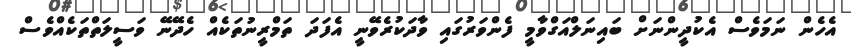
އެހެން ނަމަވެސް އެކުދީންނަށް ބައިނަލްއަގްވާމީ ފެންވަރުގައި ވާދަކުރެވޭނީ އެފަދަ ތަމްރީނުތަކެއް ހެދޭނޭ ވަސީލަތްތަކެއްވެސް